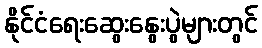
နိုင်ငံရေးဆွေးနွေးပွဲများတွင်